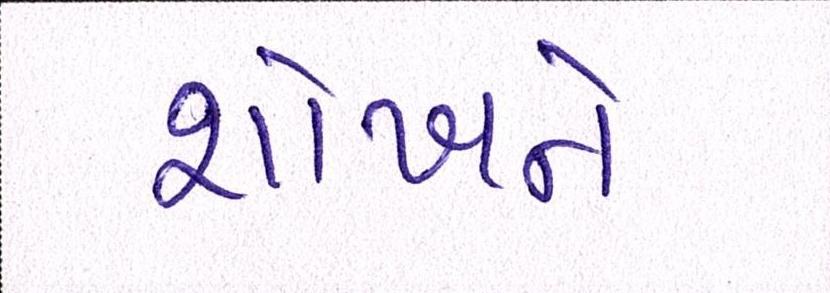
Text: શોખને